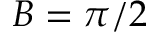
B = \pi / 2